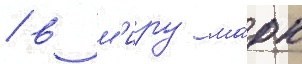
/ в м'иру ма́рк